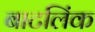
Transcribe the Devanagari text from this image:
बाटलिंक